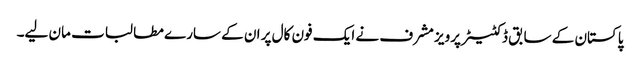
پاکستان کے سابق ڈکٹیٹر پرویز مشرف نے ایک فون کال پر ان کے سارے مطا لبات مان لیے۔